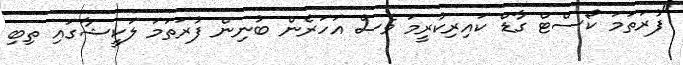
"ފުރަތަމަ ކޯސްޓް ގާޑް ކައިރިކުރީމަ ވެސް އަހަރެން ބުނިން ފުރަތަމަ ލަކީޝާގައި ތިބި